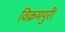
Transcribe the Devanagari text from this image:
विक्रमपुरी